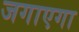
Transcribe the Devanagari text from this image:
जगाएगा